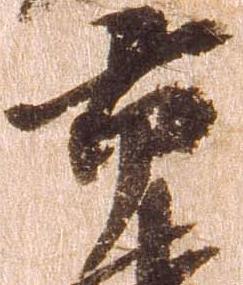
市